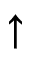
\uparrow